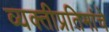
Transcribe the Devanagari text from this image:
व्यक्तीप्रतिमांचे